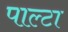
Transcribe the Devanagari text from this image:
पाल्टा